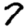
Digit: 7